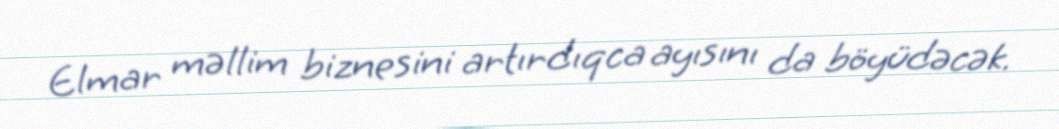
Elmar məllim biznesini artırdıqca ayısını da böyüdəcək.